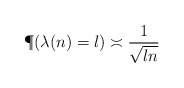
\begin{align*}\P(\lambda(n)=l)\asymp\frac1{\sqrt{ln}}\end{align*}